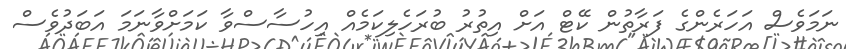
ނަމަވެސް އަހަރެންގެ ފަރާތުން ކޭޓް އަށް އިތުރު ބުރަހެލިކަމެއް އިހުސާސްވާ ކަމަށްވާނަމަ އަބަދުވެސް